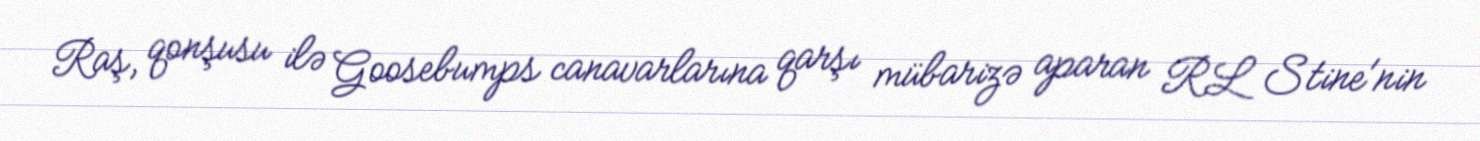
Raş, qonşusu ilə Goosebumps canavarlarına qarşı mübarizə aparan RL Stine'nin